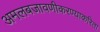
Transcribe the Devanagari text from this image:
अमलबजावणीकरण्याकरिता